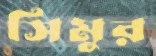
সিমুর